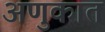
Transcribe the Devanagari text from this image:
अणुकात